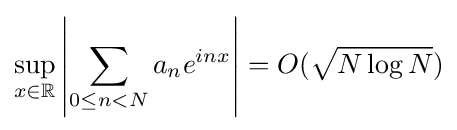
\sup _{x\in \mathbb {R} }\left|\sum _{0\leq n<N}a_{n}e^{inx}\right|=O({\sqrt {N\log N}})